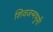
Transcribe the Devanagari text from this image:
शिवजन्मभुमी